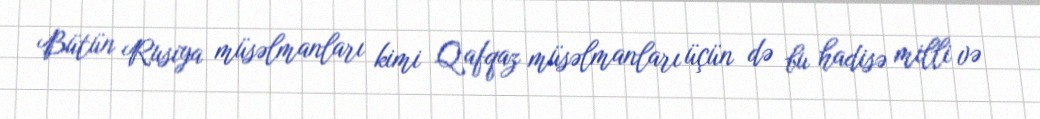
Bütün Rusiya müsəlmanları kimi Qafqaz müsəlmanları üçün də bu hadisə milli və